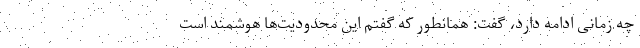
چه زمانی ادامه دارد، گفت: همانطور که گفتم این محدودیت‌ها هوشمند است